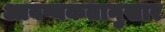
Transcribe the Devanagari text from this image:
आवष्यकतानुसार